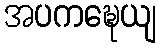
အပကဍ္ဎေယျ